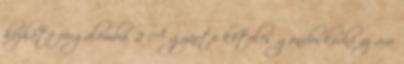
hozható forgalomba. 2 A gyártó köteles gondoskodni az áru